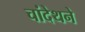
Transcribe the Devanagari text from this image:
चांदेथने